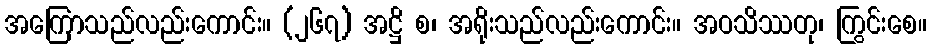
အကြောသည်လည်းကောင်း။ (၂၆၇) အဋ္ဌိ စ၊ အရိုးသည်လည်းကောင်း။ အဝသိဿတု၊ ကြွင်းစေ။